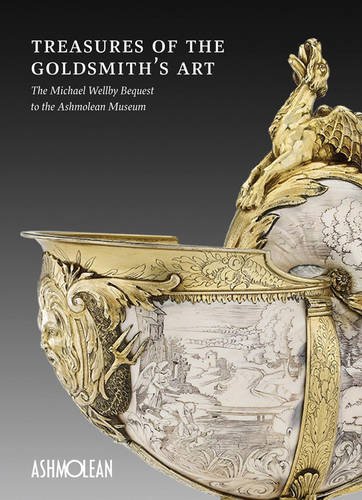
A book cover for Treasures of the Goldsmith's Art: The Michael Wellby Bequest to the Ashmolean Museum; Timothy Wilson; Crafts, Hobbies & Home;